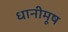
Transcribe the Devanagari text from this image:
धानीमूष